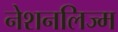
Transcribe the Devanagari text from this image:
नेशनलिज्म